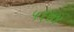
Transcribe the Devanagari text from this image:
५६७४